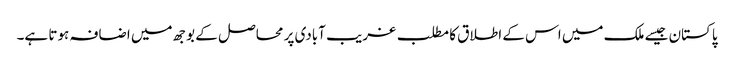
پاکستان جیسے ملک میں اس کے اطلاق کا مطلب غریب آبادی پر محاصل کے بوجھ میں اضافہ ہوتا ہے۔